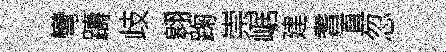
彎躊歧翱踘崇崌建耆直忽